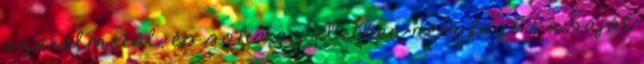
szerelmétől, és soha az életben nem fogod a saját